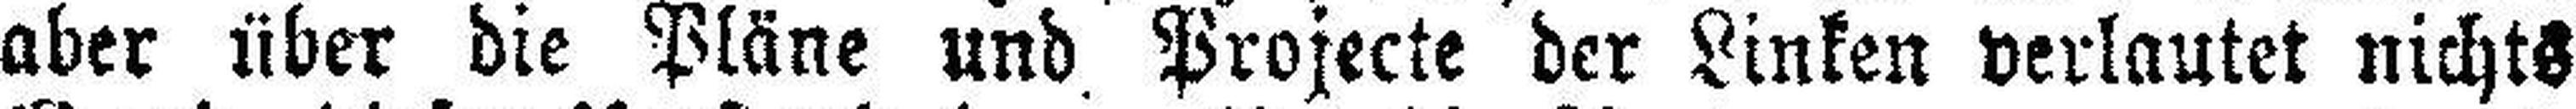
aber über die Pläne und Projecte der Linken verlautet nichts